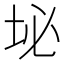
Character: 𪣊